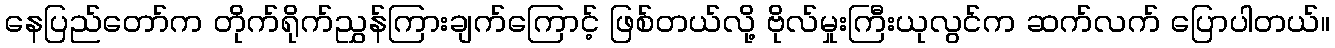
နေပြည်တော်က တိုက်ရိုက်ညွှန်ကြားချက်ကြောင့် ဖြစ်တယ်လို့ ဗိုလ်မှုးကြီးယုလွင်က ဆက်လက် ပြောပါတယ်။